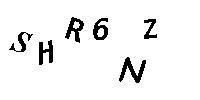
SHR6NZ